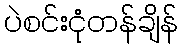
ပဲစင်းငုံတန်ချိန်